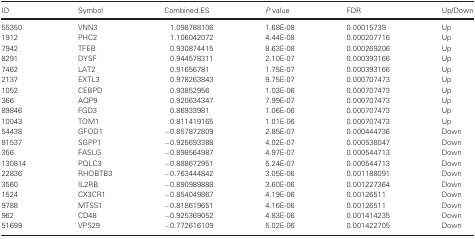
<table><thead><tr><td><b>ID</b></td><td><b>Symbol</b></td><td><b>Combined.ES</b></td><td><b><i>P</i> value</b></td><td><b>FDR</b></td><td><b>Up/Down</b></td></tr></thead><tbody><tr><td>55350</td><td>VNN3</td><td>1.098788106</td><td>1.68E‐08</td><td>0.00015739</td><td>Up</td></tr><tr><td>1912</td><td>PHC2</td><td>1.106042072</td><td>4.44E‐08</td><td>0.000207716</td><td>Up</td></tr><tr><td>7942</td><td>TFEB</td><td>0.930874415</td><td>8.63E‐08</td><td>0.000269206</td><td>Up</td></tr><tr><td>8291</td><td>DYSF</td><td>0.944578311</td><td>2.10E‐07</td><td>0.000393166</td><td>Up</td></tr><tr><td>7462</td><td>LAT2</td><td>0.91656781</td><td>1.75E‐07</td><td>0.000393166</td><td>Up</td></tr><tr><td>2137</td><td>EXTL3</td><td>0.978263843</td><td>9.75E‐07</td><td>0.000707473</td><td>Up</td></tr><tr><td>1052</td><td>CEBPD</td><td>0.93852956</td><td>1.03E‐06</td><td>0.000707473</td><td>Up</td></tr><tr><td>366</td><td>AQP9</td><td>0.920634347</td><td>7.99E‐07</td><td>0.000707473</td><td>Up</td></tr><tr><td>89846</td><td>FGD3</td><td>0.86933981</td><td>1.06E‐06</td><td>0.000707473</td><td>Up</td></tr><tr><td>10043</td><td>TOM1</td><td>0.811419165</td><td>1.01E‐06</td><td>0.000707473</td><td>Up</td></tr><tr><td>54438</td><td>GFOD1</td><td>−0.857872809</td><td>2.85E‐07</td><td>0.000444736</td><td>Down</td></tr><tr><td>81537</td><td>SGPP1</td><td>−0.925693388</td><td>4.02E‐07</td><td>0.000538047</td><td>Down</td></tr><tr><td>356</td><td>FASLG</td><td>−0.898564987</td><td>4.97E‐07</td><td>0.000544713</td><td>Down</td></tr><tr><td>130814</td><td>PQLC3</td><td>−0.888672951</td><td>5.24E‐07</td><td>0.000544713</td><td>Down</td></tr><tr><td>22836</td><td>RHOBTB3</td><td>−0.763444842</td><td>3.05E‐06</td><td>0.001188091</td><td>Down</td></tr><tr><td>3560</td><td>IL2RB</td><td>−0.890989888</td><td>3.60E‐06</td><td>0.001227364</td><td>Down</td></tr><tr><td>1524</td><td>CX3CR1</td><td>−0.854049867</td><td>4.19E‐06</td><td>0.00126511</td><td>Down</td></tr><tr><td>9788</td><td>MTSS1</td><td>−0.818619651</td><td>4.16E‐06</td><td>0.00126511</td><td>Down</td></tr><tr><td>962</td><td>CD48</td><td>−0.925369052</td><td>4.83E‐06</td><td>0.001414235</td><td>Down</td></tr><tr><td>51699</td><td>VPS29</td><td>−0.772616109</td><td>5.02E‐06</td><td>0.001422705</td><td>Down</td></tr></tbody></table>